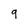
Character: 9